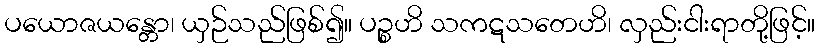
ပယောဇယန္တော၊ ယှဉ်သည်ဖြစ်၍။ ပဉ္စဟိ သကဋသတေဟိ၊ လှည်းငါးရာတို့ဖြင့်။